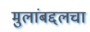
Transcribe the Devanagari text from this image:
मुलांबद्दलचा